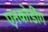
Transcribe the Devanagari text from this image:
एनकोडींग